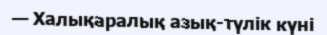
— Халықаралық азық-түлік күні